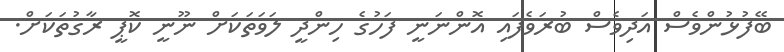
ބޭފުޅުންވެސް އަދިވެސް ބުރަވެފައި އޮންނަނީ ފަހުގެ ހިންދީ ލަވަތަކަށް ނޫނީ ކޮޕީ ރާގުތަކަށް.